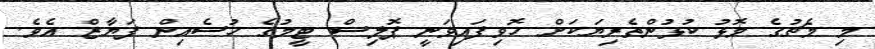
މި މެޗުގެ މޮޅު ކުޅުންތެރިޔަކަށް ހޮވިފައިވަނީ ޕޮލިސް ޓީމުގެ ހުސެއިން ފަޔާޒް އެވެ.